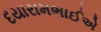
દયારામભાઈએ